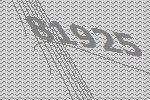
81925